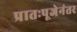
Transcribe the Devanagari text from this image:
प्रातःपूजेनंतर